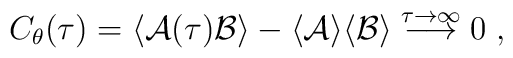
C_\theta(\tau) = \langle {\cal A} (\tau) {\cal B} \rangle -\langle {\cal A } \rangle \langle {\cal B} \rangle\stackrel{\tau \rightarrow \infty}{\longrightarrow} 0 \; ,